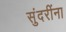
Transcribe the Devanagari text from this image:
सुंदरींना